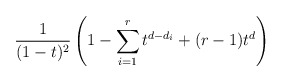
\begin{align*}\frac{1}{(1-t)^{2}} \left (1-\sum_{i=1}^r t^{d-d_i} + (r-1)t^d \right )\end{align*}